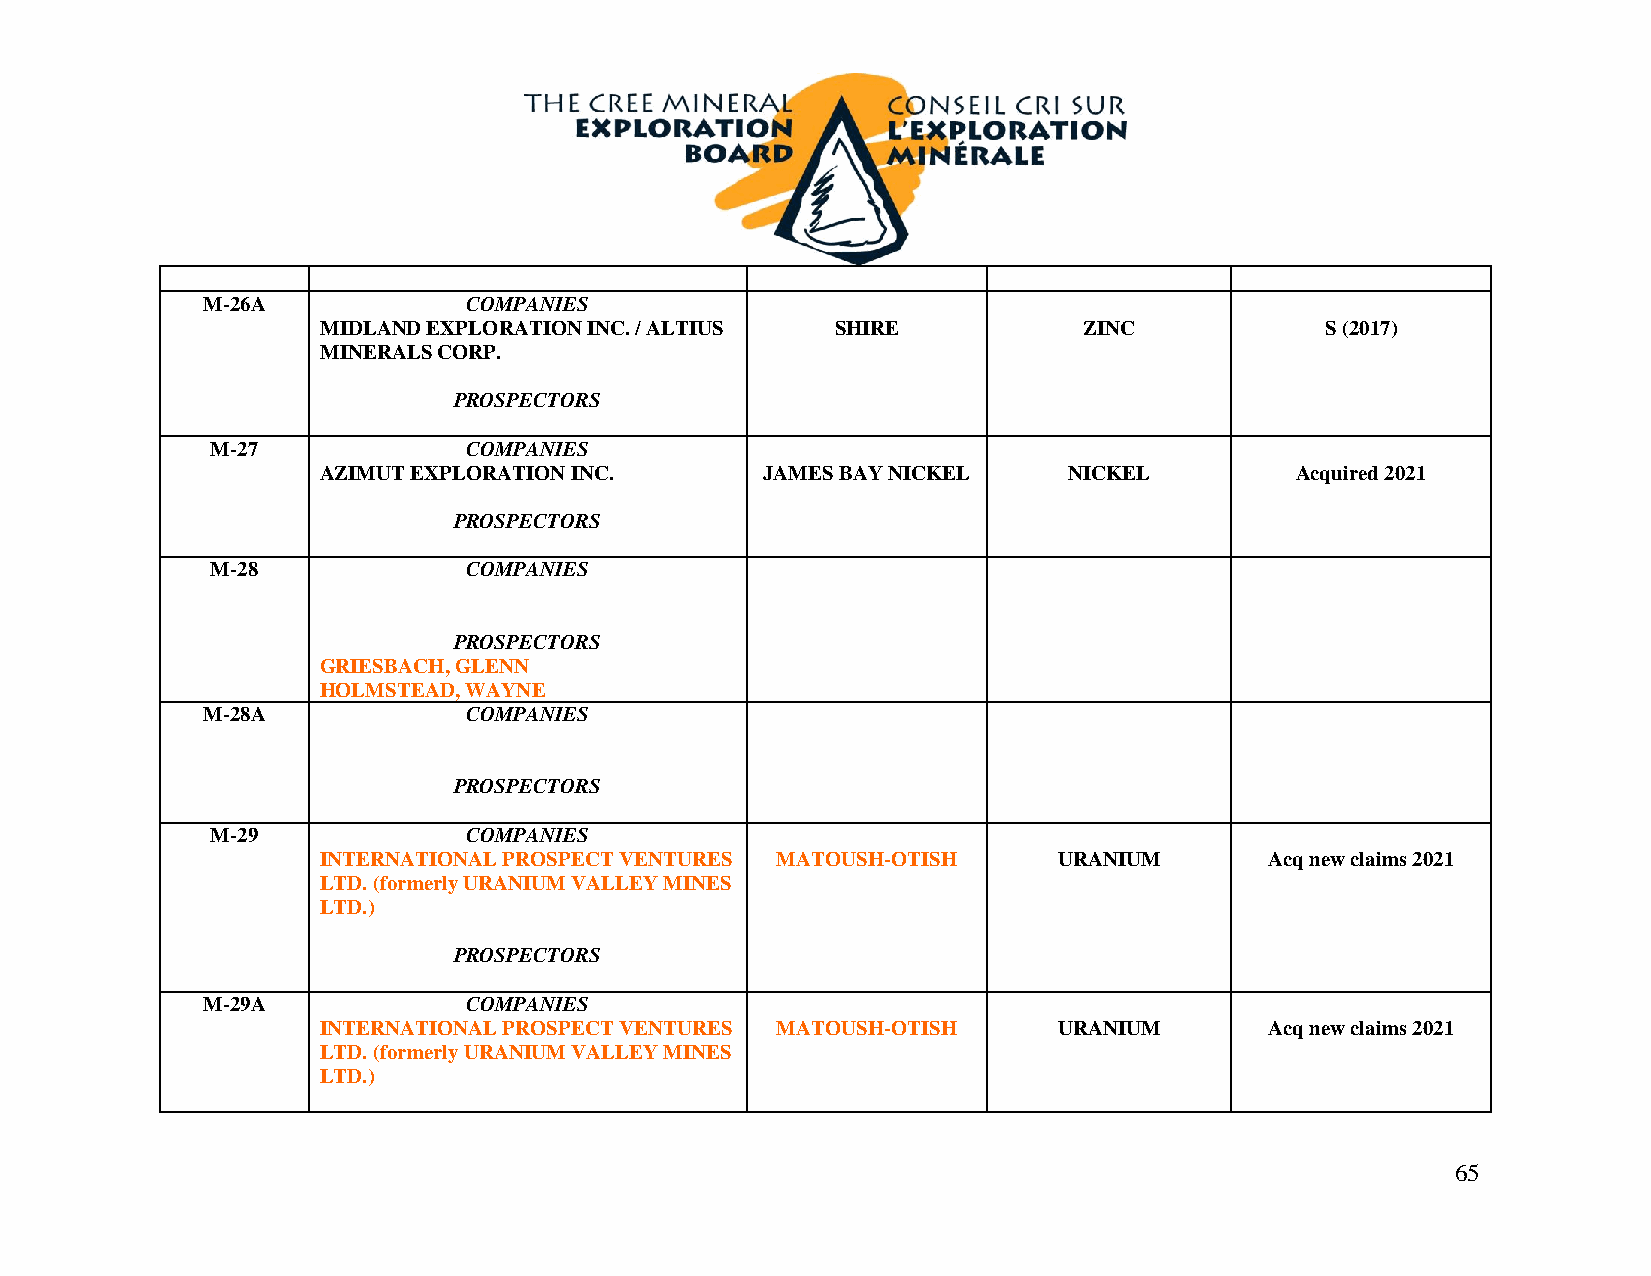
M-26A             COMPANIES
 MIDLAND EXPLORATION INC. / ALTIUS SHIRE            ZINC            S (2017)
 MINERALS CORP.
 PROSPECTORS
 M-27             COMPANIES
 AZIMUT EXPLORATION INC.       JAMES BAY NICKEL    NICKEL         Acquired 2021
 PROSPECTORS
 M-28             COMPANIES
 PROSPECTORS
 GRIESBACH, GLENN
 HOLMSTEAD, WAYNE
 M-28A             COMPANIES
 PROSPECTORS
 M-29             COMPANIES
 INTERNATIONAL PROSPECT VENTURES MATOUSH-OTISH    URANIUM       Acq new claims 2021
 LTD. (formerly URANIUM VALLEY MINES
 LTD.)
 PROSPECTORS
 M-29A             COMPANIES
 INTERNATIONAL PROSPECT VENTURES MATOUSH-OTISH    URANIUM       Acq new claims 2021
 LTD. (formerly URANIUM VALLEY MINES
 LTD.)
 65